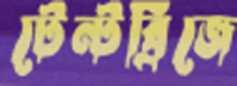
টেন্টব্রিজে